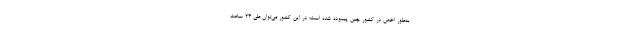
به‌طور اخص در کشور چین پیموده شده است؛ در این کشور می‌توان طی ۲۴ ساعت